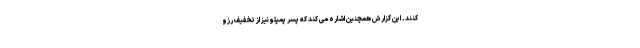
کنند. این گزارش همچنین اشاره می کند که پسر پمپئو نیز از تخفیف رزو